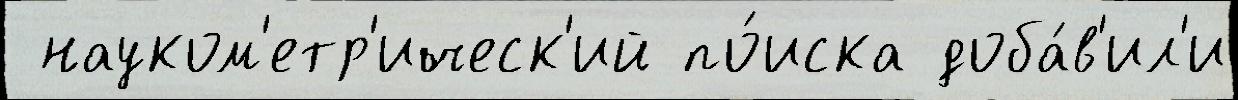
 науком'етр'ическ'ий по́иска доба́в'ил'и